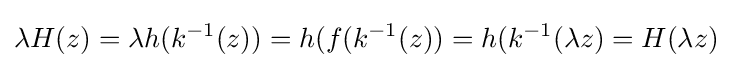
\lambda H(z)=\lambda h(k^{-1}(z))=h(f(k^{-1}(z))=h(k^{-1}(\lambda z)=H(\lambda z)~